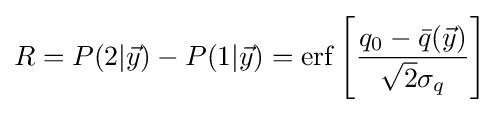
R=P(2|{\vec {y}})-P(1|{\vec {y}})=\mathrm {erf} \left[{\frac {q_{0}-{\bar {q}}({\vec {y}})}{{\sqrt {2}}\sigma _{q}}}\right]